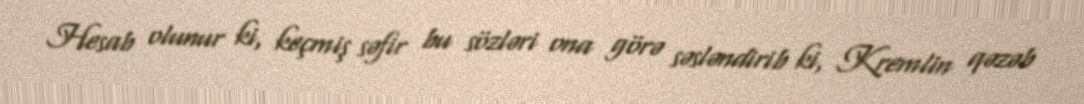
Hesab olunur ki, keçmiş səfir bu sözləri ona görə səsləndirib ki, Kremlin qəzəb